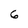
Character: 6